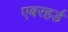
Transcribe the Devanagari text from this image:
एबरहर्ड